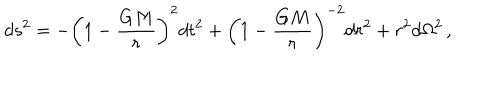
d s ^ { 2 } = - \left( 1 - \frac { G M } { r } \right) ^ { 2 } d t ^ { 2 } + \left( 1 - \frac { G M } { r } \right) ^ { - 2 } d r ^ { 2 } + r ^ { 2 } d \Omega ^ { 2 } \, ,